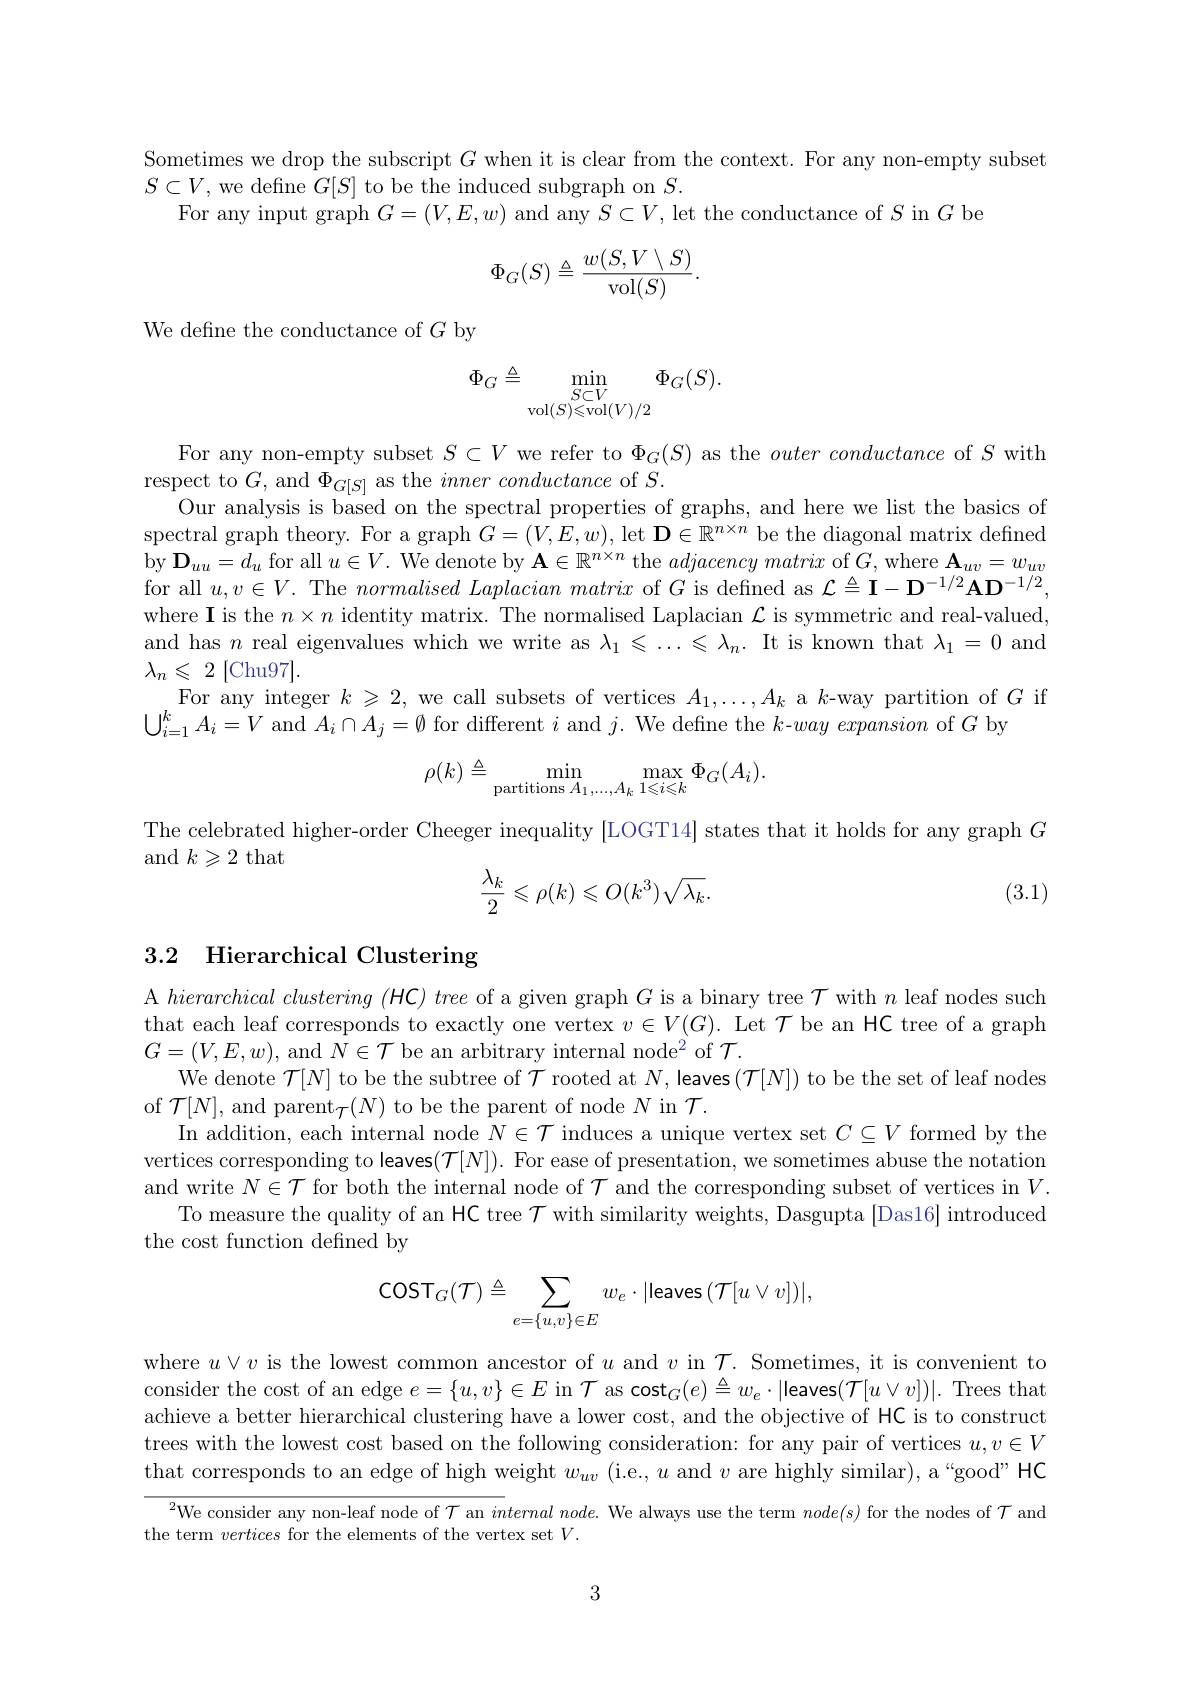
Sometimes we drop the subscript $G$ when it is clear from the context. For any non-empty subset
$S\subset V$, we define $G[S]$ to be the induced subgraph on $S.$
For any input graph $G=(V,E,w)$ and any $S\subset V$, let the conductance of $S$ in $G$ be
$$\Phi_G(S)\triangleq\frac{w(S,V\setminus S)}{\operatorname{vol}(S)}.$$
We define the conductance of $G$ by
$$\Phi_G\triangleq\min_{\mathop{\mathrm{vol}}(S)\leqslant\mathop{\mathrm{vol}}(V)/2}\Phi_G(S).$$
For any non-empty subset $S\subset V$ we refer to $\Phi_G(S)$ as the $outer\textit{conductance of }S$ with
respect to $G$, and $\Phi_{G[S]}$ as the $inner\textit{conductance of }S.$
Our analysis is based on the spectral properties of graphs, and here we list the basics of spectral graph theory. For a graph $G=(V,E,w)$, let $\mathbf{D}\in\mathbb{R}^n\times n$ be the diagonal matrix defined by $\mathbf{D}_uu=d_u$ for all $u\in V.$ We denote by $\mathbf{A}\in\mathbb{R}^n^{\prime}\times n$ the $adjacency\textit{matri}x$ of $G$,where $\mathbf{A}_uv=w_uv$ for all $u,v\in V.$ The $normalised\textit{Laplacian matri}x$ of $G$ is defned as $\mathcal{L}\triangleq\mathbf{I}-\mathbf{D}^{-1/2}\mathbf{A}\mathbf{D}^{-1/2}$, where I is the $n\times n$ identity matrix. The normalised Laplacian $\mathcal{L}$ is symmetric and real-valued, and has $n$ real eigenvalues which we write as $\lambda_1\leqslant\ldots\leqslant\lambda_n.$ It is known that $\lambda_1=0$ and $\lambda _n\leqslant$ 2 [Chu97].
For any integer $k\geqslant2$, we call subsets of vertices $A_1,\ldots,A_k$ a $k$-way partition of $G$ if
$\bigcup_{i=1}^kA_i=V$ and $A_i\cap A_j=\emptyset$ for different $i$ and $j.$ We define the $k$-way expansion of $G$ by
$$\rho(k)\triangleq\min_{\text{partitions}A_1,...,A_k}\max_{1\leqslant i\leqslant k}\Phi_G(A_i).$$
The celebrated higher-order Cheeger inequality [LOGT14] states that it holds for any graph $G$
and $k\geqslant2$ that
$$\begin{aligned}\frac{\lambda_k}{2}\leqslant\rho(k)\leqslant O(k^3)\sqrt{\lambda_k}.\end{aligned}$$
(3.1)

## 3.2 Hierarchical Clustering

A $hierarchical\textit{ clustering ( HC) tree of a given graph }G$ is a binary tree $\mathcal{T}$ with $n$ leaf nodes such that each leaf corresponds to exactly one vertex $v\in V(G).$ Let $\mathcal{T}$ be an HC tree of a graph $G=(V,E,w)$, and $N\in\mathcal{T}$ be an arbitrary internal node$^2$ of $\mathcal{T}.$
We denote $\mathcal{T}[N]$ to be the subtree of $\mathcal{T}$ rooted at $N$,leaves$(\mathcal{T}[N])$ to be the set of leaf nodes
of $\mathcal{T}[N]$, and parent$_\mathcal{T}(N)$ to be the parent of node $N$ in $\mathcal{T}.$
In addition, each internal node $N\in\mathcal{T}$ induces a unique vertex set $C\subseteq V$ formed by the vertices corresponding to leaves$(\mathcal{T}[N]).$ For ease of presentation, we sometimes abuse the notation and write $N\in\mathcal{T}$ for both the internal node of $\mathcal{T}$ and the corresponding subset of vertices in $V.$
To measure the quality of an HC tree $\mathcal{T}$ with similarity weights, Dasgupta [Das16] introduced
the cost function defined by
$$\mathsf{COST}_G(\mathcal{T})\triangleq\sum_{e=\{u,v\}\in E}w_e\cdot|\mathsf{Ieaves}(\mathcal{T}[u\vee v])|,$$
where $u\lor v$ is the lowest common ancestor of $u$ and $v$ in $\mathcal{T}.$ Sometimes, it is convenient to consider the cost of an edge $e=\{u,v\}\in E$ in $\mathcal{T} \text{ as cost}_G( e) \triangleq w_e\cdot |$leaves$(\mathcal{T}[u\vee v])|.$ Trees that achieve a better hierarchical clustering have a lower cost, and the objective of HC is to construct trees with the lowest cost based on the following consideration: for any pair of vertices $u,v\in V$ that corresponds to an edge of high weight $w_uv$ (i.e., $u$ and $v$ are highly similar), a “good”HC
$^{2}$We consider any non-leaf node of $\mathcal{T}$ an $internal\textit{node.  We always use the term }node( s)$ for the nodes of $\mathcal{T}$ and

the term vertices for the elements of the vertex set $V.$

3